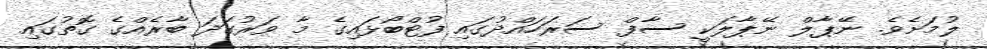
ލުމަށެވެ. ނޭޕާލް ނޭޕާލަކީ ސާފް ސަރަހައްދުގައި ފުޓްބޯޅައިގެ މާ ވަރުގަދަ ބާރެއްގެ ގޮތުގައި